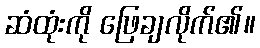
ဆံထုံးကို ဖြေချလိုက်၏။